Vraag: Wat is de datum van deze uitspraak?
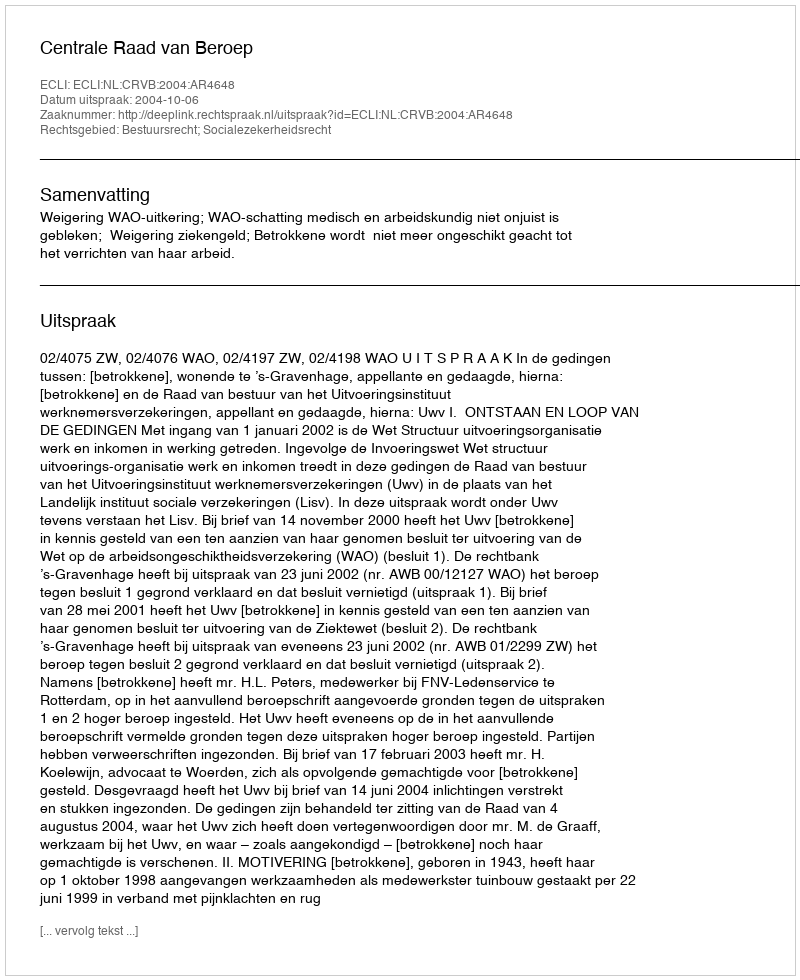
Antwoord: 2004-10-06